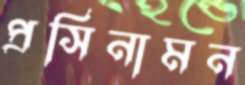
প্রসিনামন